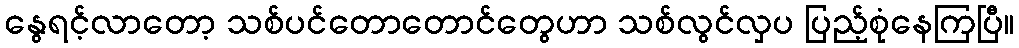
နွေရင့်လာတော့ သစ်ပင်တောတောင်တွေဟာ သစ်လွင်လှပ ပြည့်စုံနေကြပြီ။